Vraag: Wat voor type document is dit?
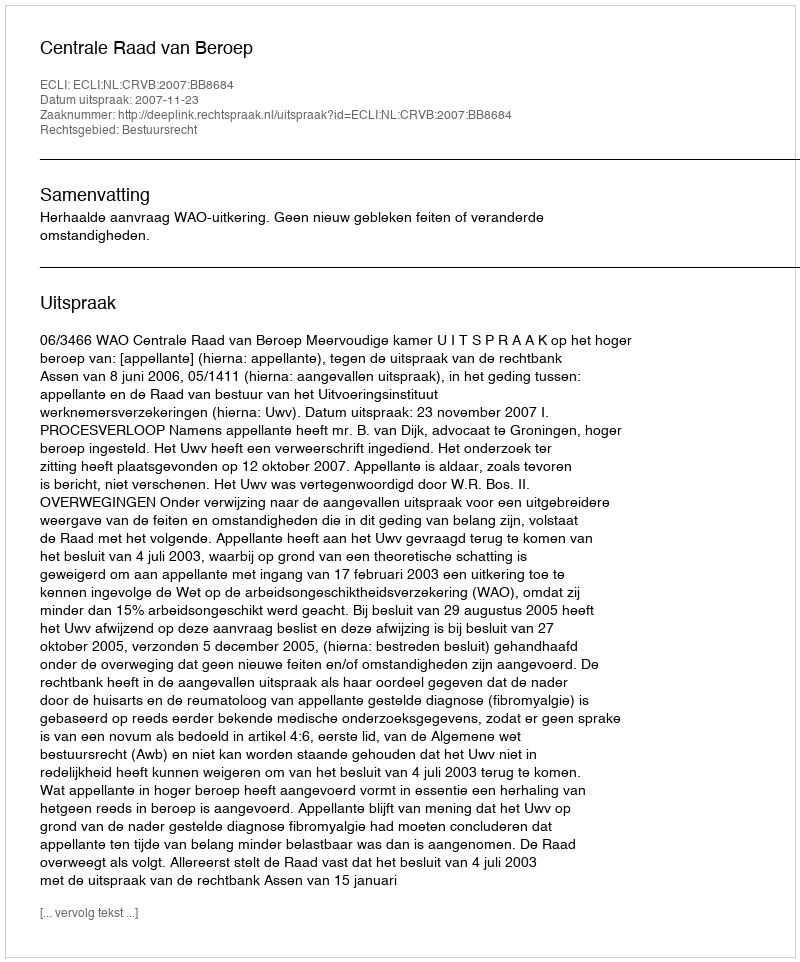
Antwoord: Uitspraak